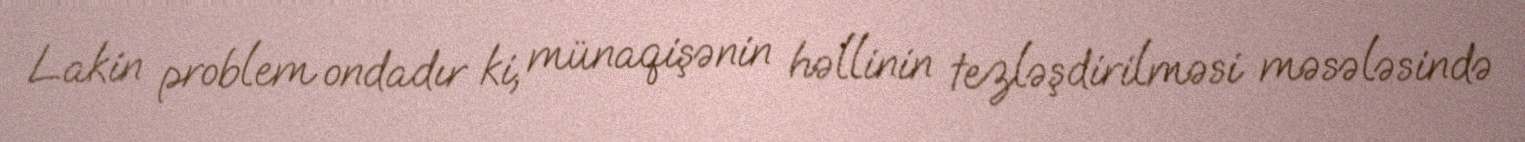
Lakin problem ondadır ki, münaqişənin həllinin tezləşdirilməsi məsələsində